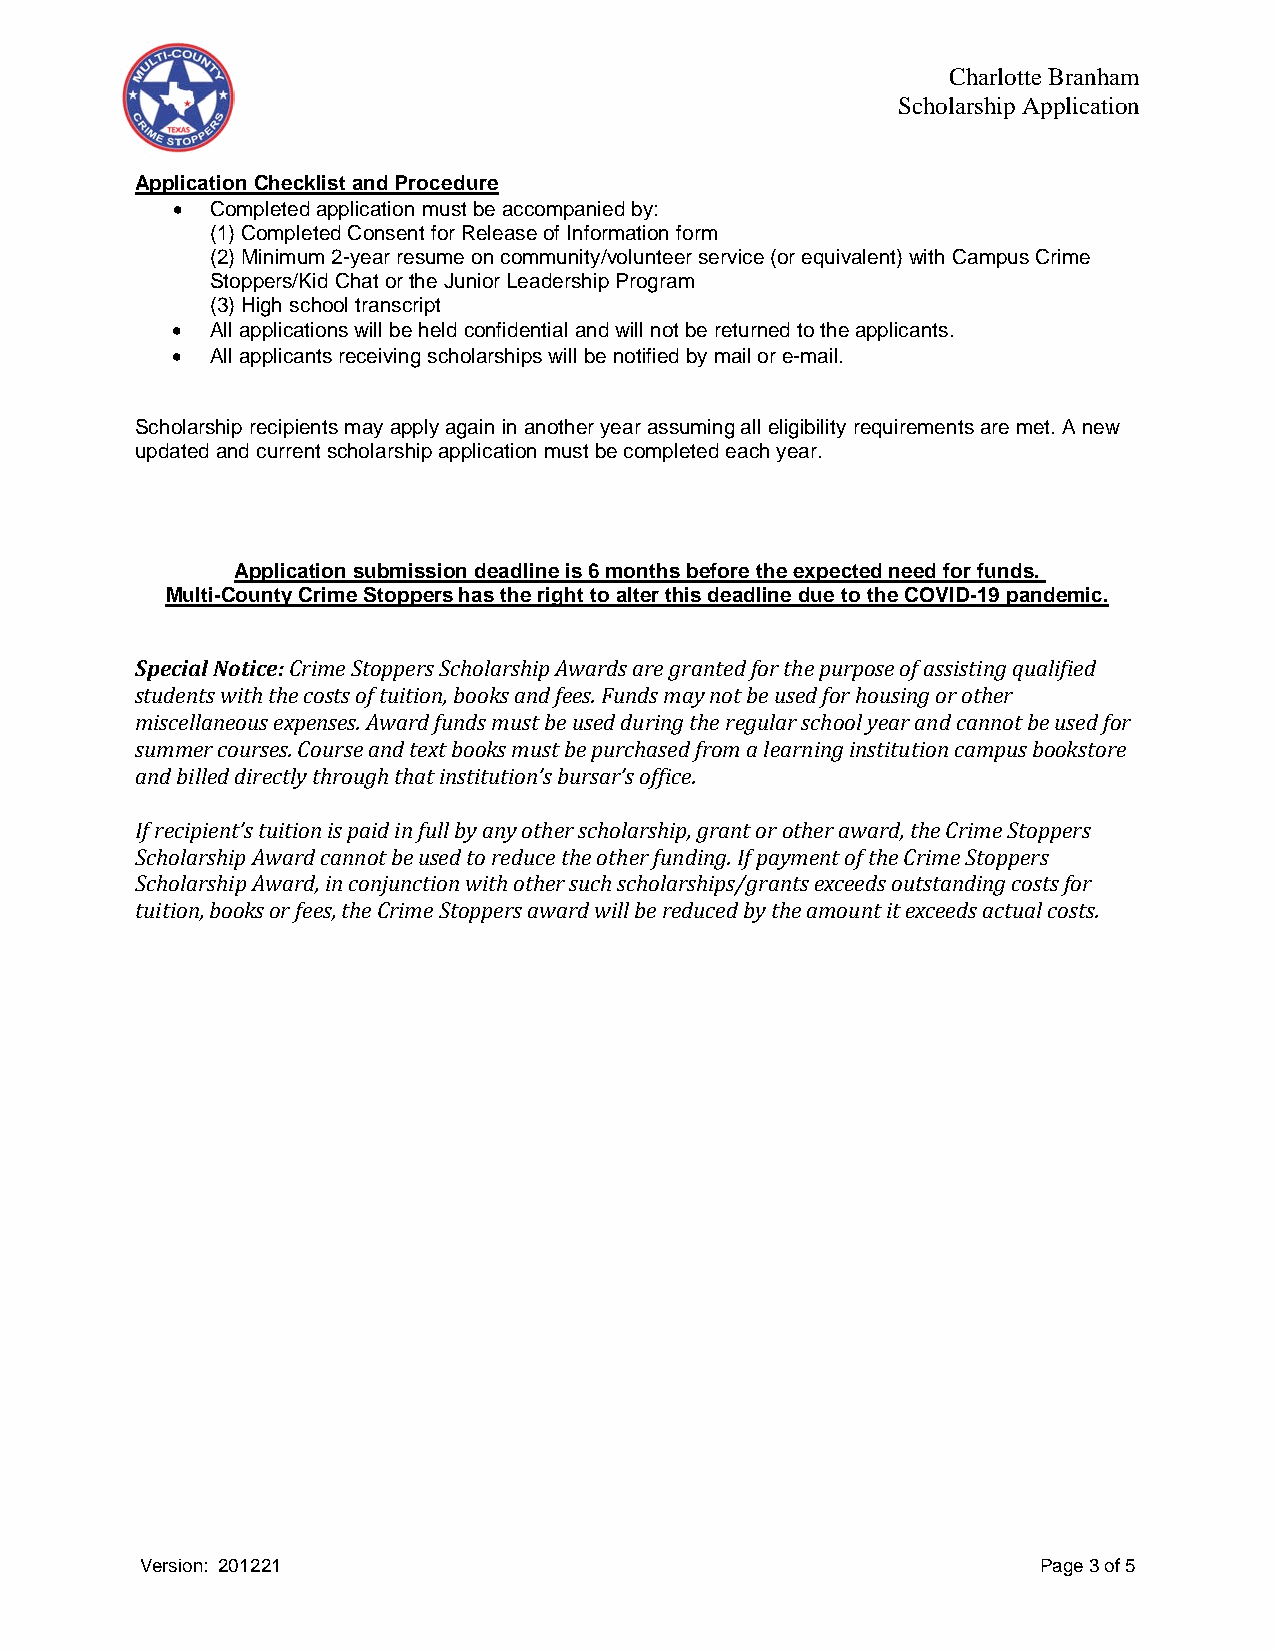
Charlotte Branham
 Scholarship Application
 Application Checklist and Procedure
 •  Completed application must be accompanied by:
 (1) Completed Consent for Release of Information form
 (2) Minimum 2-year resume on community/volunteer service (or equivalent) with Campus Crime
 Stoppers/Kid Chat or the Junior Leadership Program
 (3) High school transcript
 •  All applications will be held confidential and will not be returned to the applicants.
 •  All applicants receiving scholarships will be notified by mail or e-mail.
 Scholarship recipients may apply again in another year assuming all eligibility requirements are met. A new
 updated and current scholarship application must be completed each year.
 Application submission deadline is 6 months before the expected need for funds.
 Multi-County Crime Stoppers has the right to alter this deadline due to the COVID-19 pandemic.
 Special Notice: Crime Stoppers Scholarship Awards are granted for the purpose of assisting qualified
 students with the costs of tuition, books and fees. Funds may not be used for housing or other
 miscellaneous expenses. Award funds must be used during the regular school year and cannot be used for
 summer courses. Course and text books must be purchased from a learning institution campus bookstore
 and billed directly through that institution’s bursar’s office.
 If recipient’s tuition is paid in full by any other scholarship, grant or other award, the Crime Stoppers
 Scholarship Award cannot be used to reduce the other funding. If payment of the Crime Stoppers
 Scholarship Award, in conjunction with other such scholarships/grants exceeds outstanding costs for
 tuition, books or fees, the Crime Stoppers award will be reduced by the amount it exceeds actual costs.
 Version: 201221                                             Page 3 of 5